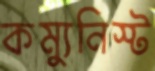
কম্যুনিস্ট